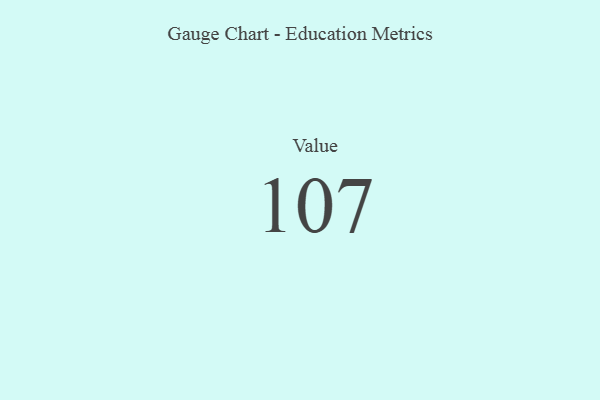
{"axis": {"x": "Metric", "y": "Value"}, "legend": [""], "data": [{"x": "Value", "y": 107, "type": ""}]}